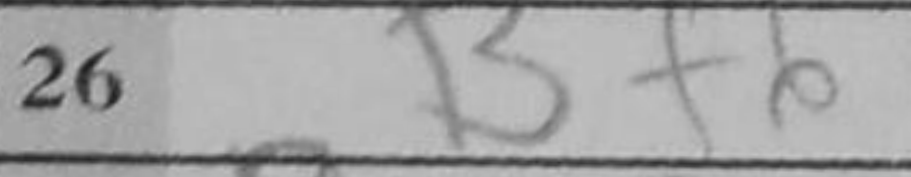
Transcription: Bf6